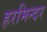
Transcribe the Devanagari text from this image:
हरमिन्दर